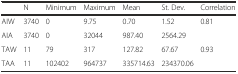
<table><thead><tr><td></td><td><b>N</b></td><td><b>Minimum</b></td><td><b>Maximum</b></td><td><b>Mean</b></td><td><b>St. Dev.</b></td><td><b>Correlation</b></td></tr></thead><tbody><tr><td>AIW</td><td>3740</td><td>0</td><td>9.75</td><td>0.70</td><td>1.52</td><td rowspan="2">0.81</td></tr><tr><td>AIA</td><td>3740</td><td>0</td><td>32044</td><td>987.40</td><td>2564.29</td></tr><tr><td>TAW</td><td>11</td><td>79</td><td>317</td><td>127.82</td><td>67.67</td><td rowspan="2">0.93</td></tr><tr><td>TAA</td><td>11</td><td>102402</td><td>964737</td><td>335714.63</td><td>234370.06</td></tr></tbody></table>